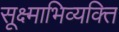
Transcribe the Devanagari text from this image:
सूक्ष्माभिव्यक्ति